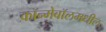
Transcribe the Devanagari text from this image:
कॉन्मेबॉलमधील